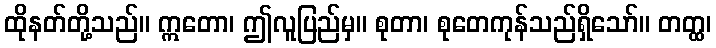
ထိုနတ်တို့သည်။ ဣတော၊ ဤလူပြည်မှ။ စုတာ၊ စုတေကုန်သည်ရှိသော်။ တတ္ထ၊